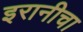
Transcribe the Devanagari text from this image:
इरानीचा